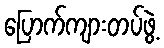
ပြောက်ကျားတပ်ဖွဲ့